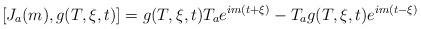
LaTeX: \begin{align*}[J_a(m), g(T,\xi,t)] = g(T,\xi,t) T_a e^{im(t+\xi)} - T_a g(T,\xi,t)e^{im(t-\xi)}\end{align*}